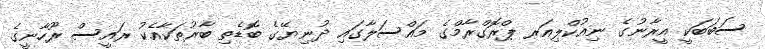
ސަބަބަކީ އީރާނުގެ ނިއުކްލިއަރ ޕްރޮގްރާމްގެ މައްސަލާގައި ދުނިޔޭގެ ބޮޑެތި ބާރުތަކާއެކު ރައީސް ރޫހާނީގެ